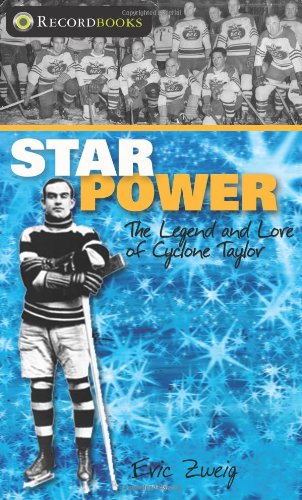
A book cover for Star Power: The Legend and Lore of Cyclone Taylor (Lorimer Recordbooks); Eric Zweig; Teen & Young Adult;